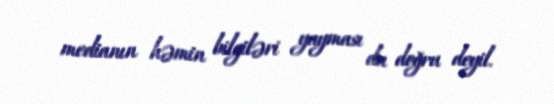
medianın həmin bilgiləri yayması da doğru deyil.